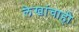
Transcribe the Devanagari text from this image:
लेखांचाही